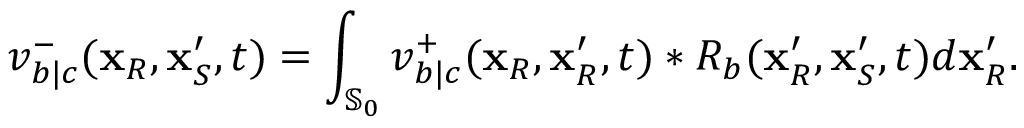
v _ { b | c } ^ { - } ( \mathbf { x } _ { R } , \mathbf { x } _ { S } ^ { \prime } , t ) = \int _ { \mathbb { S } _ { 0 } } v _ { b | c } ^ { + } ( \mathbf { x } _ { R } , \mathbf { x } _ { R } ^ { \prime } , t ) * R _ { b } ( \mathbf { x } _ { R } ^ { \prime } , \mathbf { x } _ { S } ^ { \prime } , t ) d \mathbf { x } _ { R } ^ { \prime } .